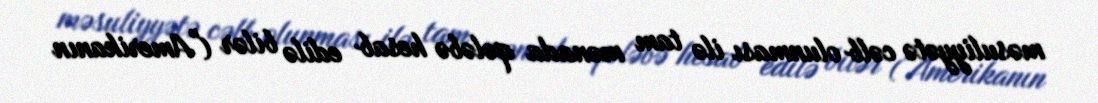
məsuliyyətə cəlb olunması ilə tam mənada qələbə hesab edilə bilər ("Amerikanın